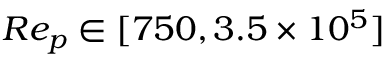
R e _ { p } \in [ 7 5 0 , 3 . 5 \times 1 0 ^ { 5 } ]